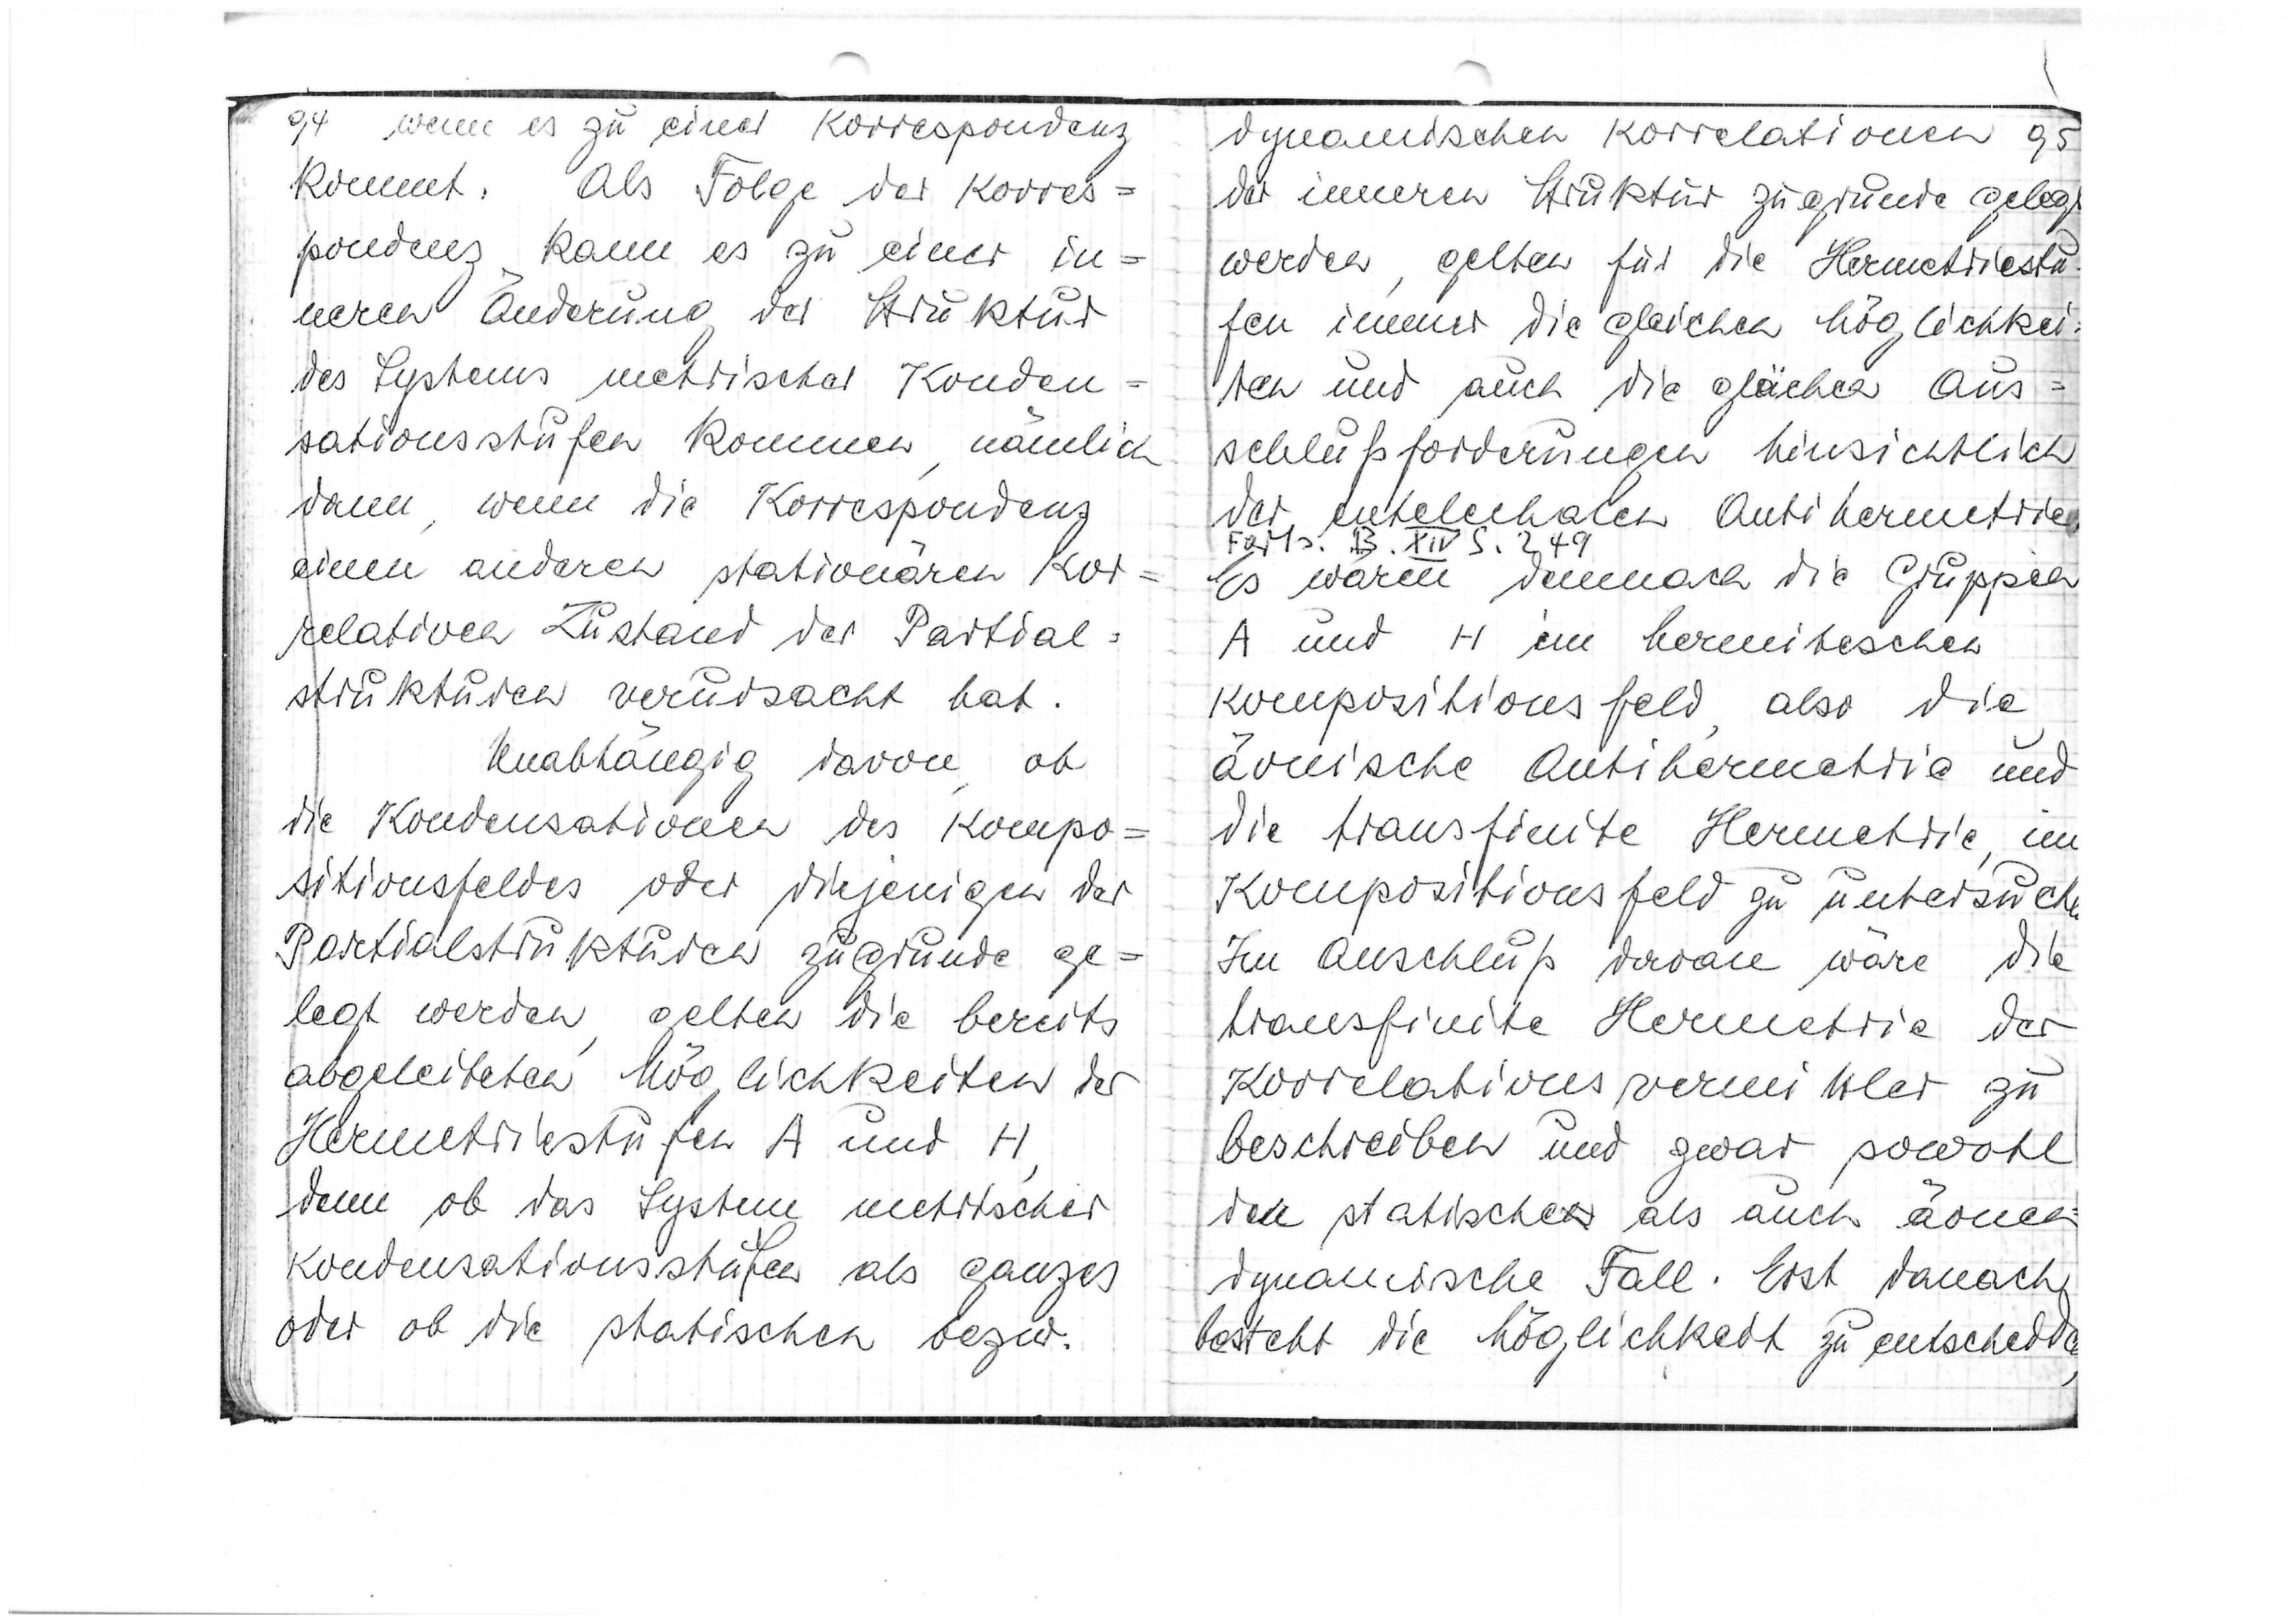
sin u gu sint Vordsgenden
kommt. Als Folge der Korres=
pondens kann es zu einer in=
neren Änderung der Struktur
des Systems metrischer Konden=
sationsstufen kommen, nämlich
dann, wenn die Korrespondens
einen anderen stationaren Hor=
kelativen Zustand der Partial=
strukturen verudsacht hat.
Unabhängig davon, ob
die Kondensationen des Kompo=
sitionsteldes oder diejenigen der
Portialstrukturen zugrunde ge=
legt werden gelten die bereits
abgeleiteten Möglichkeiten der
Hermetriestufen A und H
denn ob das System metrischer
Kondensationsstufen als ganzes
oder ob die statischen bezw.

50
dynamischen Korrelationen
de inneren Struktur zugrunde gelegt
werden, gelten für die Hermetriestus
ten immer die gleichen Möglichkei
Tten und auch die glächen Aus=
schlußforderungen hinsichtlich
der entelechann Antihermetrie
Far1s: B.XII S. 249
Es wären demnach die Gruppen
A und H ein hermitischen
Kompositionsfeld, also die
äonische Antihermetrig und
die transfinite Hermetrie im
Kompositionsfeld zu untersuch
Im Anschluß daran wäre, die
transfinite Hermetrie der
Koorelationsvermittler zu
beschreiben und zwar sowohl
den statischen als auch nonen
dinamische Fall. Erst danacht
besteht die Möglichkeit zu entscheide